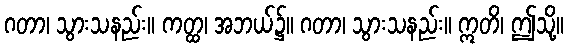
ဂတာ၊ သွားသနည်း။ ကတ္ထ၊ အဘယ်၌။ ဂတာ၊ သွားသနည်း။ ဣတိ၊ ဤသို့။